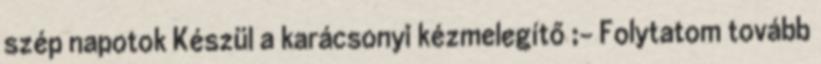
szép napotok Készül a karácsonyi kézmelegítő ;- Folytatom tovább